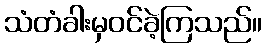
သံတံခါးမှဝင်ခဲ့ကြသည်။